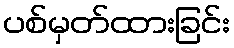
ပစ်မှတ်ထားခြင်း